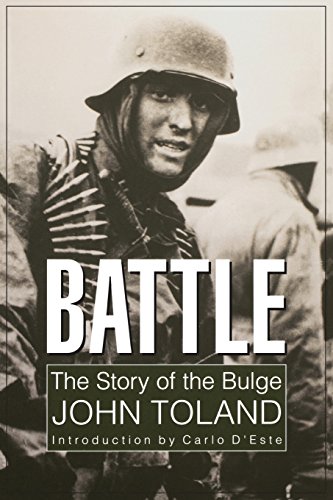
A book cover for Battle: The Story of the Bulge; John Toland; History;